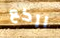
اركع